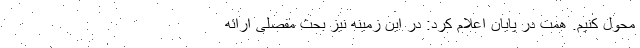
محول کنیم. همت در پایان اعلام کرد: در این زمینه نیز بحث مفصلی ارائه